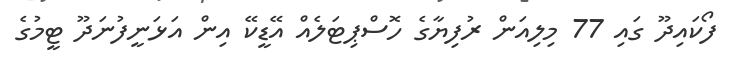
ފޯކައިދޫ ގައި 77 މިލިއަން ރުފިޔާގެ ހޮސްޕިޓަލެއް އޭޑީކޭ އިން އަޅަނީފުނަދޫ ޓީމުގެ